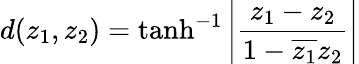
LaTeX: d(z_{1},z_{2})=\operatorname{tanh}^{-1}\left|{\frac{z_{1}-z_{2}}{1-{\overline{{z_{1}}}}z_{2}}}\right|